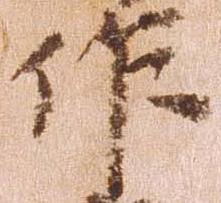
作